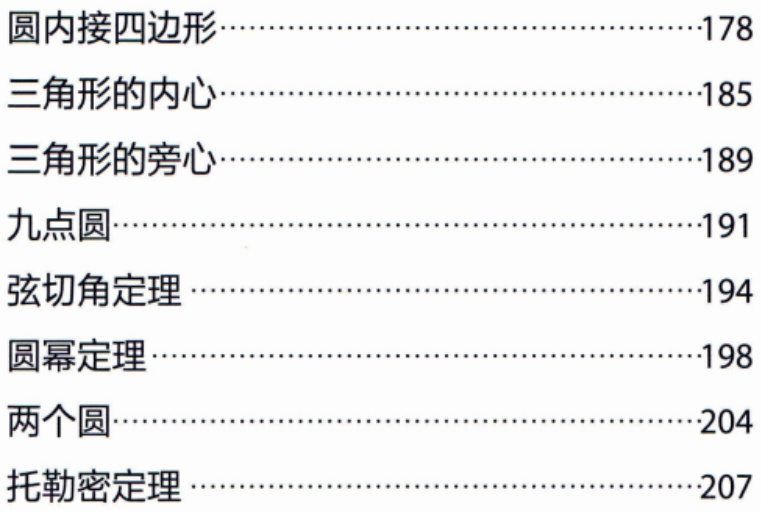
圆内接四边形.................................178

三角形的内心.................................185

三角形的旁心.................................189

九点圆.......................................191

弦切角定理.................................194

圆幂定理...................................198

两个圆.......................................204

托勒密定理.................................207